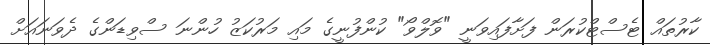
ކާރުތައް ޓެސްޓްކުރަން ފަށާފައިވަނީ "ވޮލްވޯ" ކުންފުނީގެ މައި މަރުކަޒު ހުންނަ ސްވިޑަންގެ ދެވަނައަށް